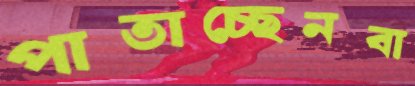
পাতাচ্ছেনবা